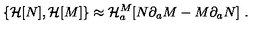
\{ { \cal H } [ N ] , { \cal H } [ M ] \} \approx { \cal H } _ { a } ^ { M } [ N \partial _ { a } M - M \partial _ { a } N ] \ .